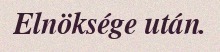
Elnöksége után.